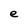
Character: e